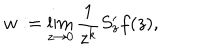
LaTeX: w : = \lim _ { z \to 0 } \frac { 1 } { z ^ { k } } S _ { z } ^ { \prime } f ( z ) ,